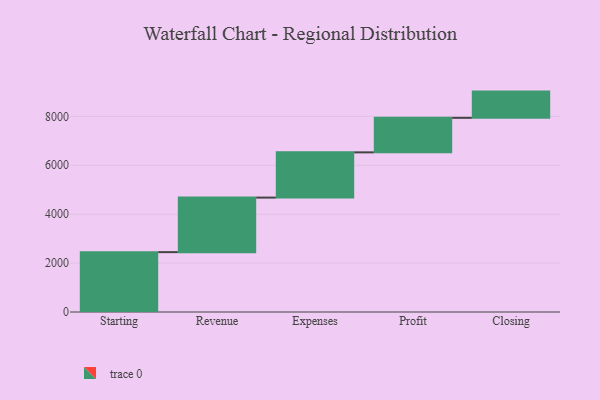
{"axis": {"x": "Step", "y": "Value"}, "legend": [""], "data": [{"x": "Starting", "y": 2448.0, "type": ""}, {"x": "Revenue", "y": 2231.0, "type": ""}, {"x": "Expenses", "y": 1850.0, "type": ""}, {"x": "Profit", "y": 1412.0, "type": ""}, {"x": "Closing", "y": 1073.0, "type": ""}]}